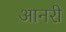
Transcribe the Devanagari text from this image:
आनरी